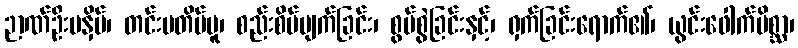
ဉာဏ်ဦးမနှိမ်၊ တင်းမတိမ်မူ၊ စည်းစိမ်ပျက်ခြင်း၊ စွပ်စွဲခြင်းနှင့်၊ ရှက်ခြင်းရောက်၏၊ ယွင်းဖေါက်မိစ္ဆာ၊